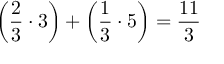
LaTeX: \left( { \frac { 2 } { 3 } } \cdot 3 \right) + \left( { \frac { 1 } { 3 } } \cdot 5 \right) = { \frac { 1 1 } { 3 } }